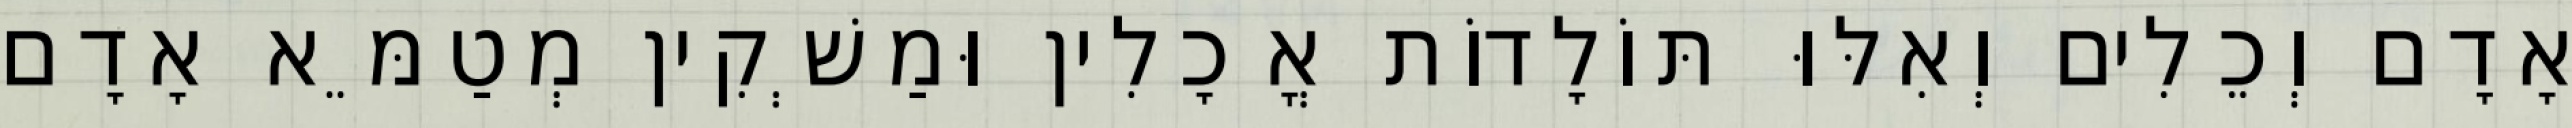
אָדָם וְכֵלִים וְאִלּוּ תּוֹלָדוֹת אֳכָלִין וּמַשְׁקִין מְטַמֵּא אָדָם